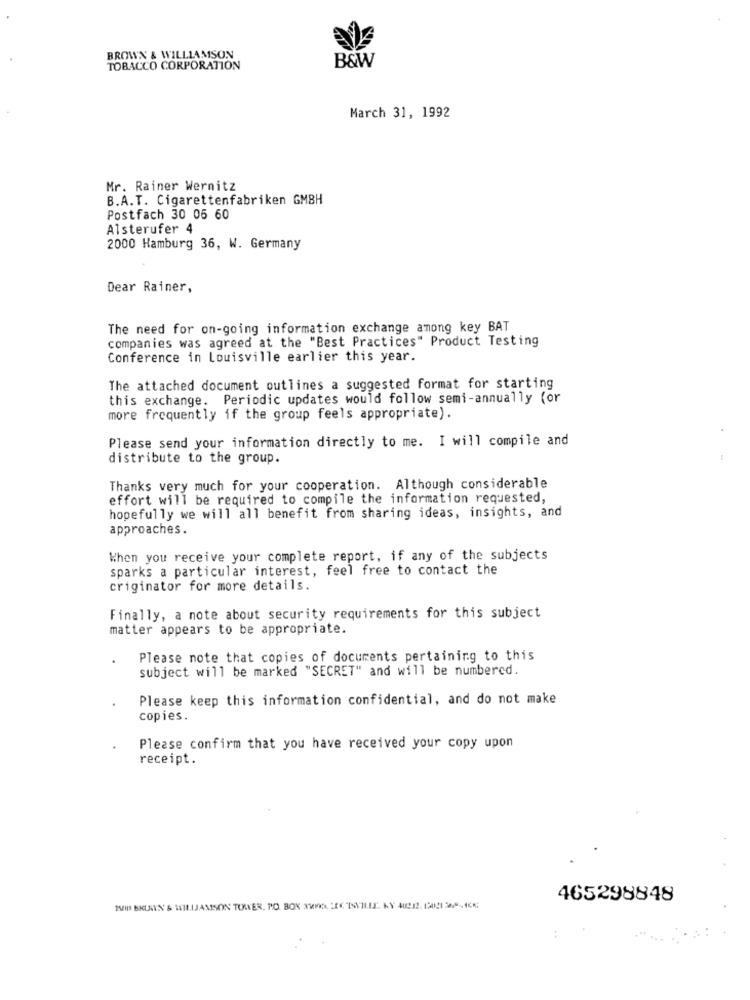
BROWN & WILLIAMSON
B&W
TOBACCO CORPORATION
March 31, 1992
Mr. Rainer Wernitz
B.A.T. Cigarettenfabriken GMBH
Postfach 30 05 60
Alsterufer 4
2000 Hamburg 36, W. Germany
Dear Rainer,
The need for on-going information exchange among key BAT
companies was agreed at the "Best Practices" Product Testing
Conference in Louisville earlier this year.
The attached document outlines a suggested format for starting
this exchange. Periodic updates would follow semi-annually (or
more frequently if the group feels appropriate).
Please send your information directly to me. I will compile and
distribute to the group.
Thanks very much for your cooperation. Although considerable
effort will be required to compile the information requested,
hopefully we will all benefit from sharing ideas, insights, and
approaches.
When you receive your complete report, if any of the subjects
sparks a particular interest, feel free to contact the
criginator for more details.
Finally, a note about security requirements for this subject
matter appears to be appropriate.
Please note that copies of documents pertaining to this
subject will be marked "SECRET" and will be numbered.
Please keep this information confidential, and do not make
copies.
Please confirm that you have received your copy upon
receipt.
465298848
IVIN BRUNN & WILLJAMISON TOWER, PO. BOX 3ONA :XX TSVILLEE. KY 40232. 120121 368-464;